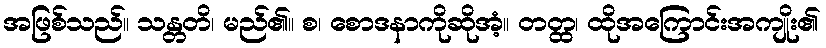
အဖြစ်သည်။ သန္တတိ၊ မည်၏။ စ၊ စောဒနာကိုဆိုအံ့။ တတ္ထ၊ ထိုအကြောင်းအကျိုး၏